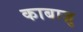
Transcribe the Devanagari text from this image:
काबाज़ु